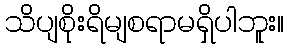
သိပျစိုးရိမျစရာမရှိပါဘူး။